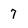
Character: 7